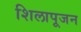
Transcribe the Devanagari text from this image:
शिलापूजन